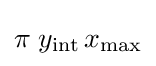
\pi \;y_{\text{int}}\,x_{\text{max}}